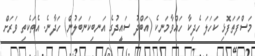
މަސްފަތަފޮޅި ކަހަލަ ހެދިކާ ހައްވާމަނިކެ (އަބްދު ސައީދުގެ އަނބިކަނބަލުން) ހަދާނެ. އެތަކެތި ވަރަށް